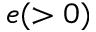
e ( > 0 )